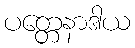
ပတ္တေနာဒါယ